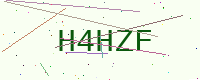
Text: H4HZF